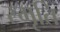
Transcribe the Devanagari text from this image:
स्‍मृति